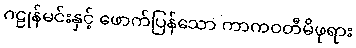
ဂဠုန်မင်းနှင့် ဖောက်ပြန်သော ကာကဝတီမိဖုရား